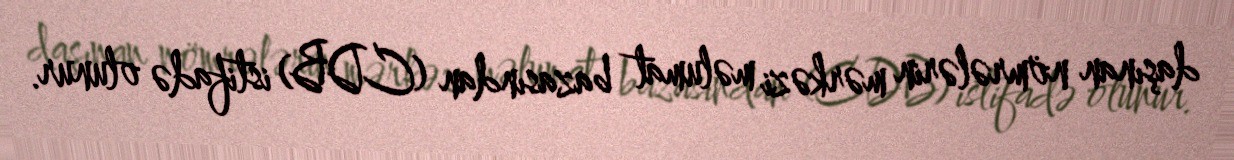
daşınan nömrələrin mərkəzi məlumat bazasından (CDB) istifadə olunur.